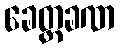
ခေတ္တခဏ